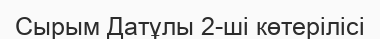
Сырым Датұлы 2-ші көтерілісі